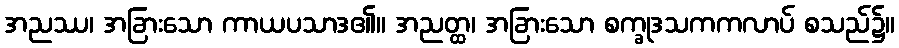
အညဿ၊ အခြားသော ကာယပသာဒ၏။ အညတ္ထ၊ အခြားသော စက္ခုဒသကကလာပ် စသည်၌။